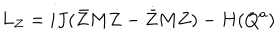
L _ { Z } = i J ( \bar { Z } M \dot { Z } - \dot { \bar { Z } } M Z ) - H ( Q ^ { a } )